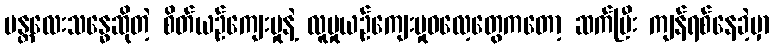
မန္တလေးသန္ဓေဆိုတဲ့ စိတ်ယဉ်ကျေးမှုနဲ့ လူမှုယဉ်ကျေးမှုဓလေ့တွေကတော့ ဆက်ပြီး ကျန်ရစ်နေခဲ့မှာ